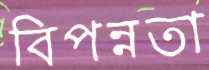
বিপন্নতা